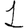
Digit: 1